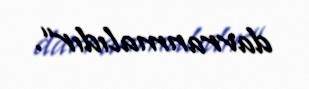
davranmalıdır“.